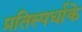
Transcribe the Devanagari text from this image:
प्रतिस्पर्धाके